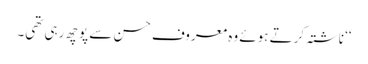
‘‘ ناشتہ کرتے ہوئے وہ معروف حسن سے پوچھ رہی تھی۔